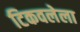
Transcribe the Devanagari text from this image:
टिकवलेला